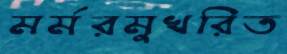
মর্মরমুখরিত